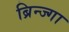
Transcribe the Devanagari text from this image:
ब्रिन्ज्गा